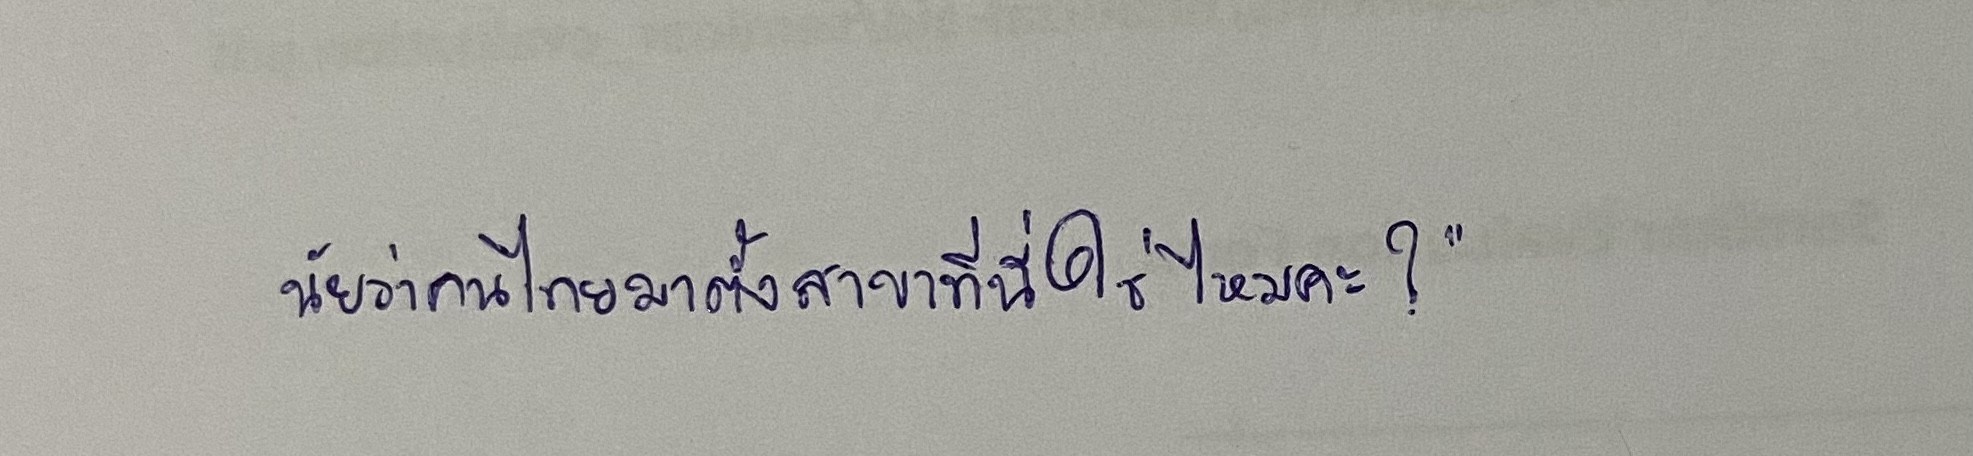
นัยว่าคนไทยมาตั้งสาขาที่นี่ใช่ไหมคะ?"